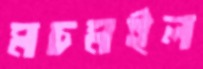
মচমইল